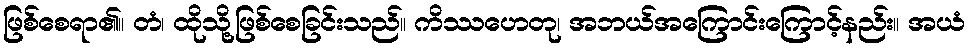
ဖြစ်စေရာ၏။ တံ၊ ထိုသို့ဖြစ်စေခြင်းသည်။ ကိဿဟေတု၊ အဘယ်အကြောင်းကြောင့်နည်း။ အယံ